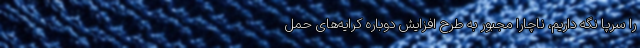
را سرپا نگه داریم، ناچاراً مجبور به طرح افزایش دوباره کرایه‌های حمل